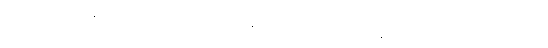
မင်းသမီးကို ဝန်ကြီးချုပ်လောင်း အဖြစ် လျာထားပြီး စာရင်းတင် သွင်းခဲ့တဲ့ နိုင်ငံရေးပါတီကိုပါ ဖျက်သိမ်းပစ်ဖို့